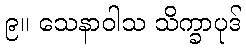
၉။ သေနာဝါသ သိက္ခာပုဒ်